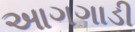
આગગાડી